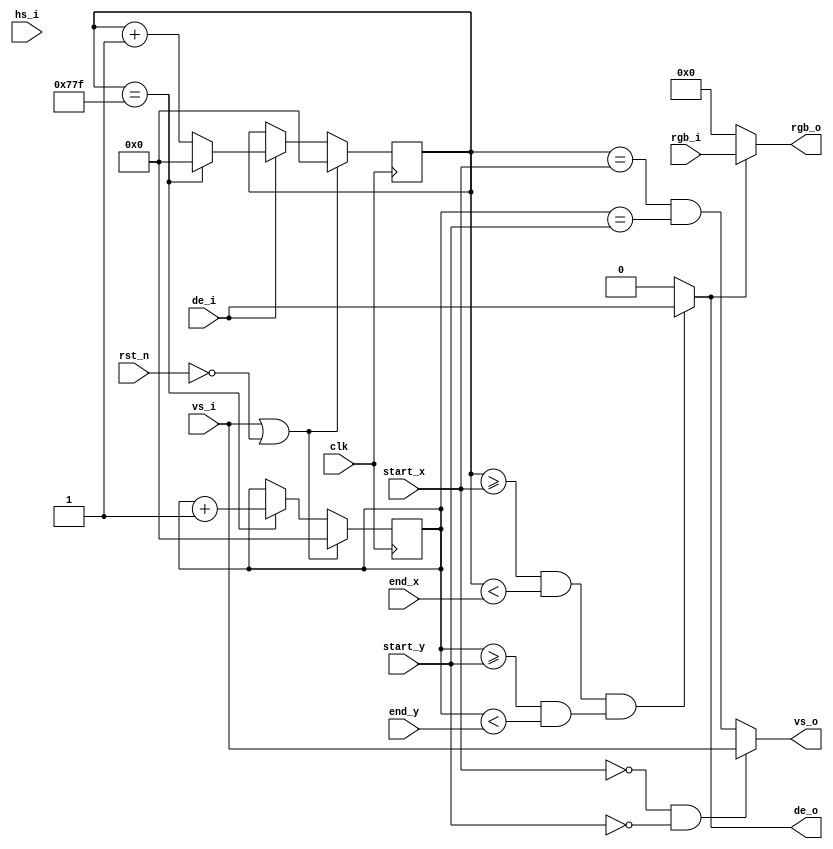
`timescale 1ns / 1ps
module image_cut#(
    parameter  H_DISP = 12'd1920,
    parameter  V_DISP = 12'd1080,
    parameter	INPUT_X_RES_WIDTH =	 11,		//Widths of input/output resolution control signals
    parameter	INPUT_Y_RES_WIDTH =	 11,
    parameter	OUTPUT_X_RES_WIDTH = 11,
    parameter	OUTPUT_Y_RES_WIDTH = 11
)(
    input wire clk, 
    input wire rst_n, 

    input wire [INPUT_X_RES_WIDTH-1:0] start_x,
    input wire [INPUT_Y_RES_WIDTH-1:0] start_y,
    input wire [OUTPUT_X_RES_WIDTH-1:0] end_x,
    input wire [OUTPUT_Y_RES_WIDTH-1:0] end_y,
    
    input wire hs_i,
    input wire vs_i,
    input wire de_i,
    input wire [23:0] rgb_i,
    
    output wire de_o,
    output wire vs_o,
    output wire [23:0] rgb_o
);

reg [11:0] pixel_x, pixel_y;
assign de_o = ((pixel_x >= start_x && pixel_x < end_x) && (pixel_y >= start_y && pixel_y < end_y)) ? de_i : 0;
assign vs_o = (start_x == 0 && start_y == 0) ? vs_i : (pixel_x == start_x)&(pixel_y == start_y);
assign rgb_o = de_o ? rgb_i : 24'd0;

always@(posedge clk)
begin
    if(vs_i|~rst_n)
        pixel_x <= 0;
	else if(de_i)
	    if(pixel_x == H_DISP - 1)
	        pixel_x <= 0;
	    else
	        pixel_x <= pixel_x + 1;
	else
	    pixel_x <= pixel_x;
end

always@(posedge clk)
begin
    if(vs_i|~rst_n)
        pixel_y <= 0;
	else if(pixel_x == H_DISP - 1)
	    pixel_y <= pixel_y + 1;
	else
        pixel_y <= pixel_y;
end

endmodule